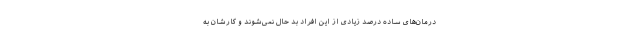
درمان‌های ساده درصد زیادی از این افراد بد حال نمی‌شوند و کارشان به